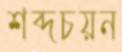
শব্দচয়ন